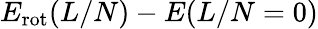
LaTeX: E_{\mathrm{rot}}(L/N)-E(L/N=0)